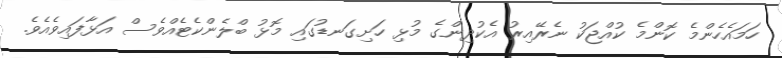
ހަމައެހެންމެ ކޮންމެ ކުއްޖަކު ނެރޭއިރު އެކުދިންގެ މުޅި ހަށިގަނޑުގައި މޮޅު ބްލެންކެޓެއްވެސް އަޅާފައިވެއެވެ.